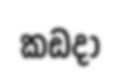
කඩදා